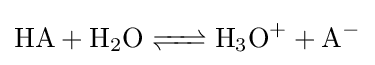
{\ce {HA + H2O <=> H3O+ + A-}}